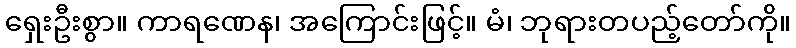
ရှေးဦးစွာ။ ကာရဏေန၊ အကြောင်းဖြင့်။ မံ၊ ဘုရားတပည့်တော်ကို။